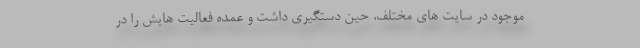
موجود در سایت های مختلف، حین دستگیری داشت و عمده فعالیت هایش را در